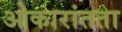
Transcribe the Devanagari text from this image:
ओकारांतता